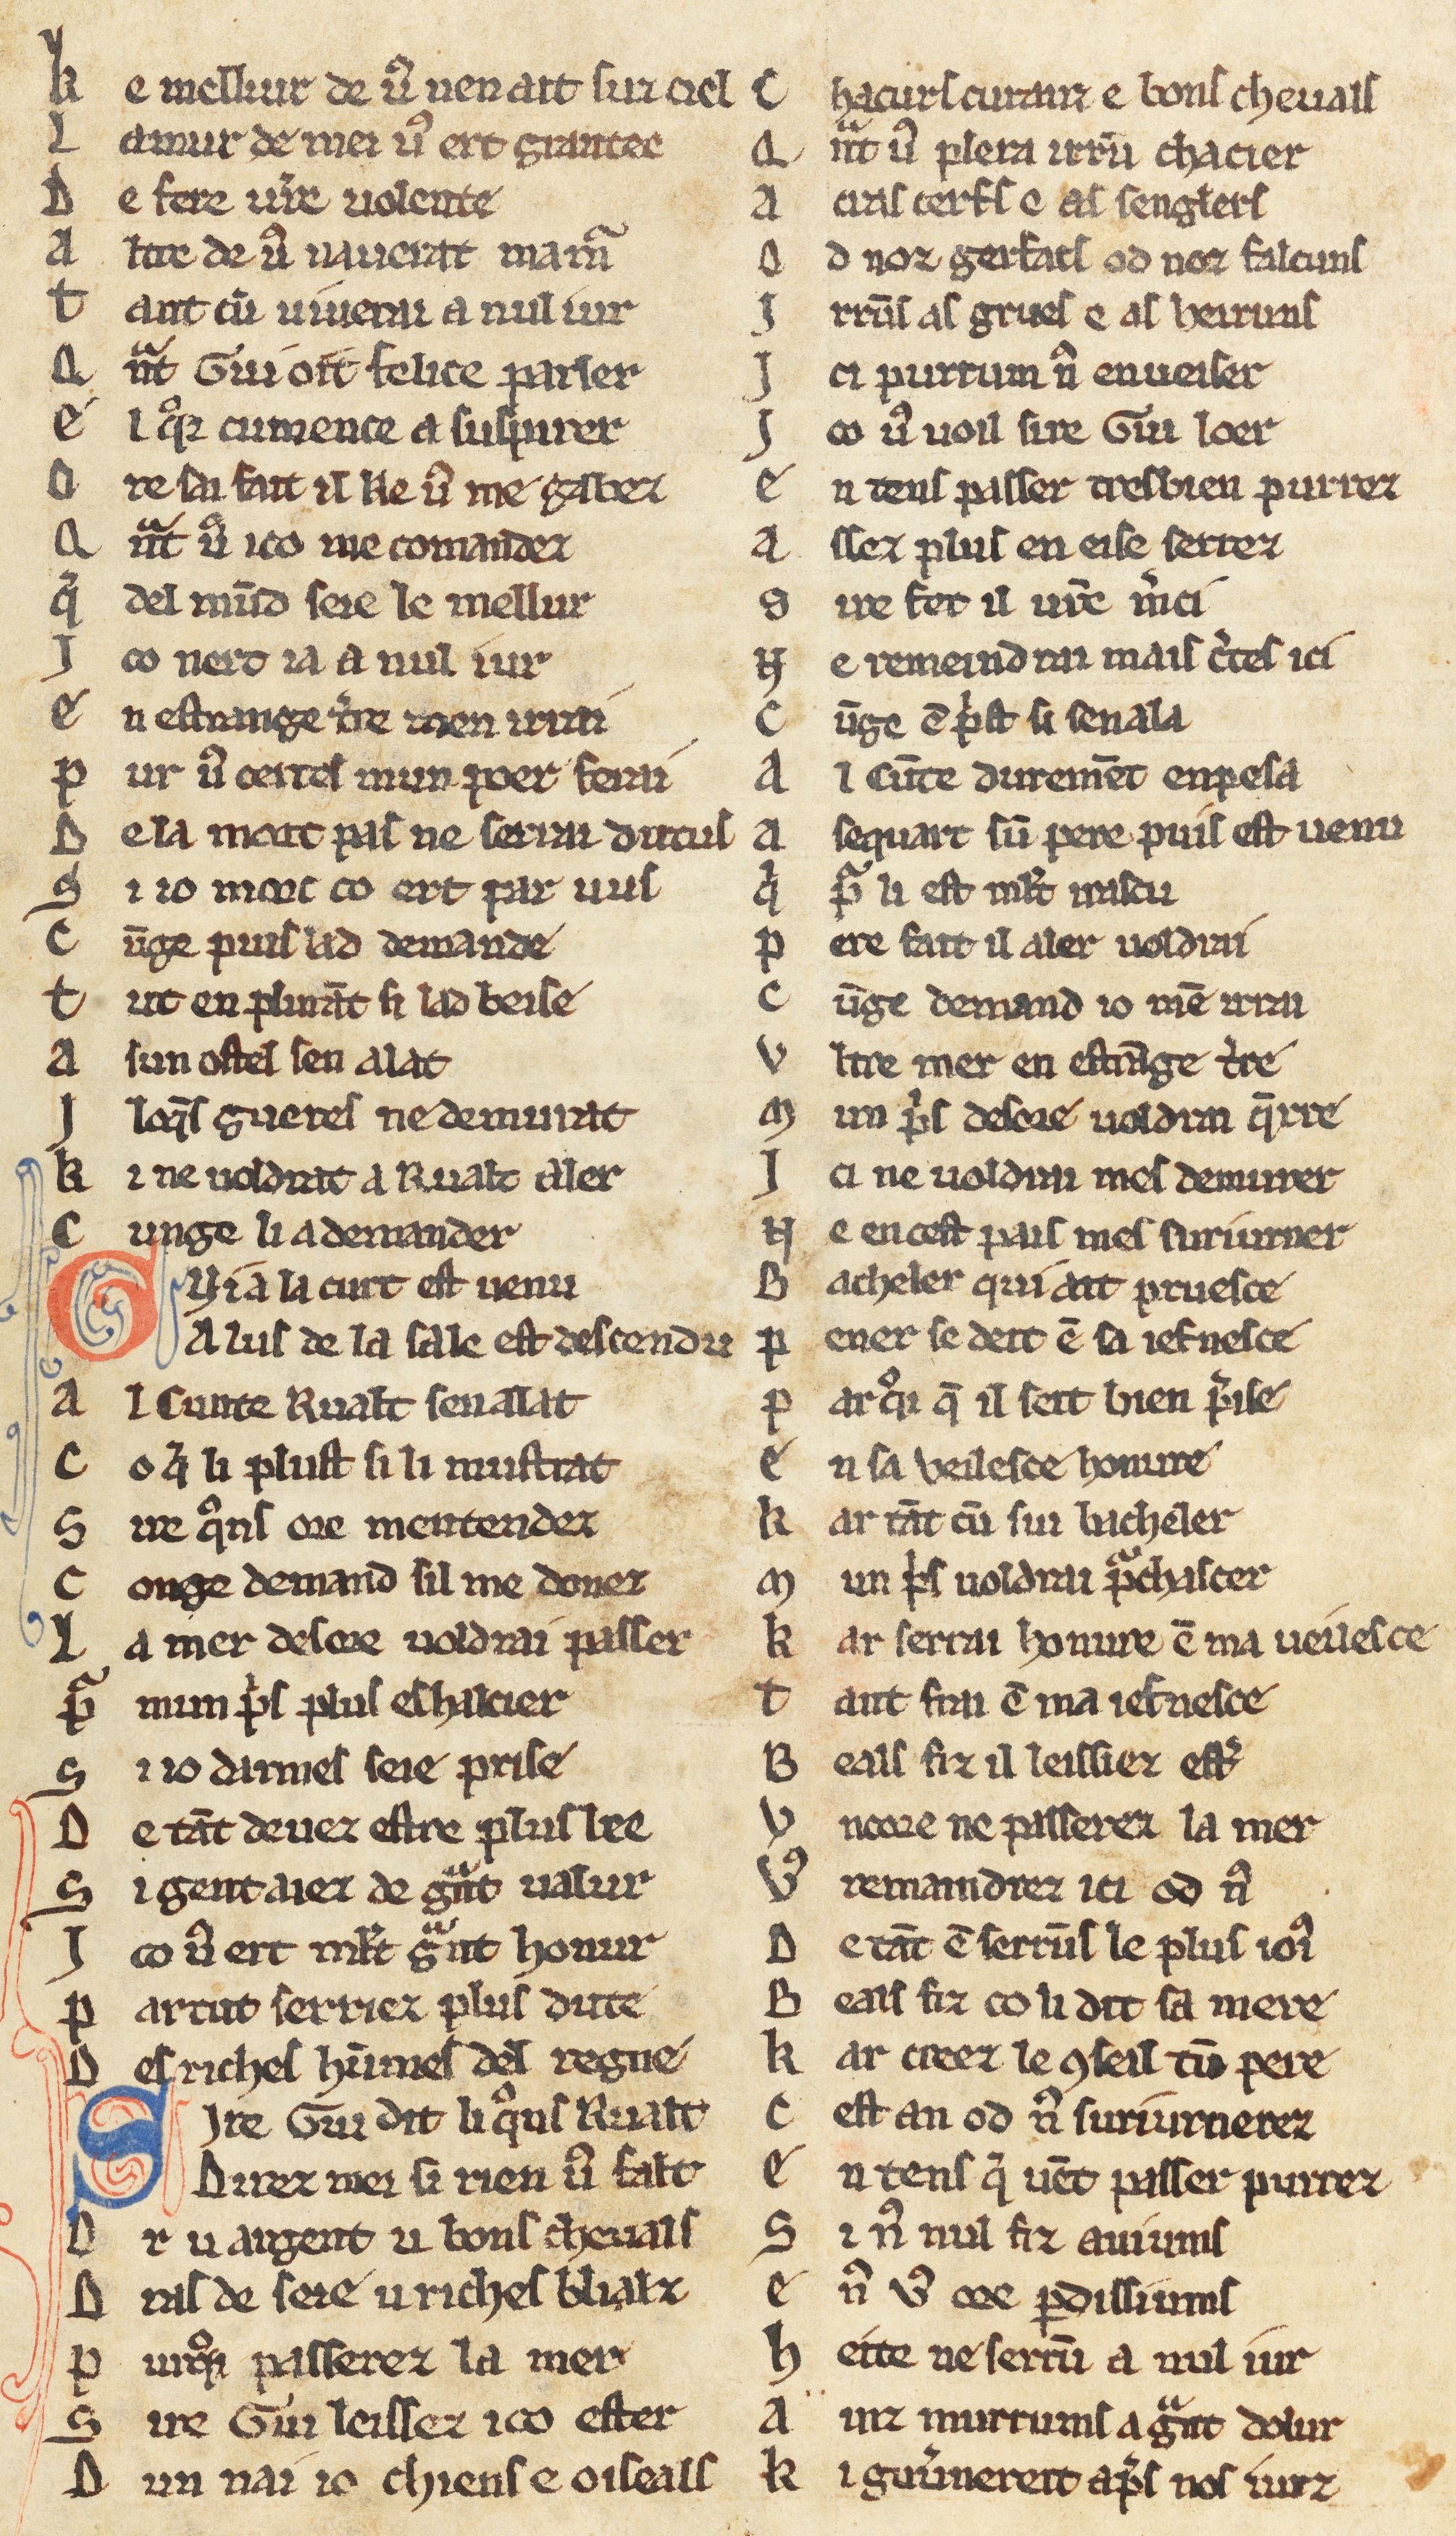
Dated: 1270–1330